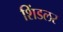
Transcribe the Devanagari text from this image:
शिंडलर